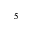
^ 5